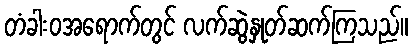
တံခါးဝအရောက်တွင် လက်ဆွဲနှုတ်ဆက်ကြသည်။